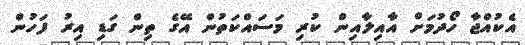
އެކުއްޖާ ހޯދުމަށް އާއިލާއިން ކުރި މަސައްކަތުން އޭގެ ތިން ގަޑި އިރު ފަހުން